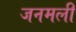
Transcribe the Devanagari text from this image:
जनमली